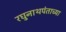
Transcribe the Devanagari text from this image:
रघुनाथपंताच्या